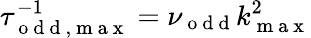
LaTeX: \tau_{\mathrm{~o~d~d~},\mathrm{~m~a~x~}}^{-1}=\nu_{\mathrm{~o~d~d~}}k_{\mathrm{~m~a~x~}}^{2}